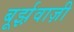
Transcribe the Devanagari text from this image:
बूर्झ़वाज़ी